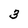
Character: 3